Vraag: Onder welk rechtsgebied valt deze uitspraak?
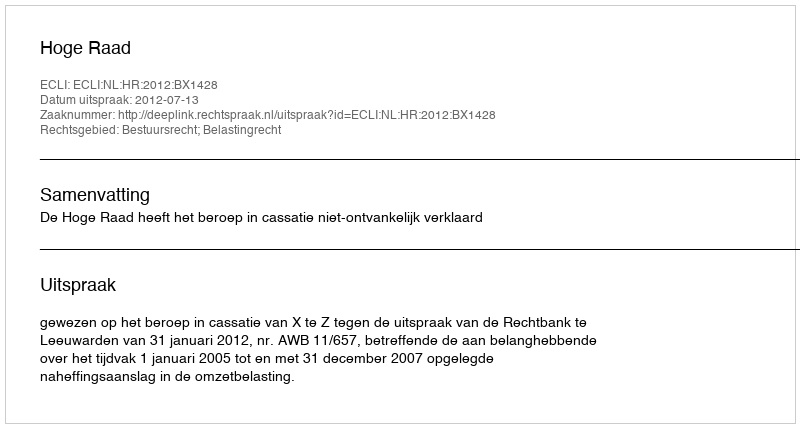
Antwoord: Bestuursrecht; Belastingrecht